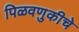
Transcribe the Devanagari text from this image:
पिळवणुकीचे